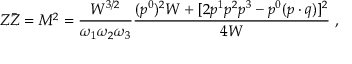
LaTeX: Z \bar { Z } = M ^ { 2 } = \frac { W ^ { 3 / 2 } } { \omega _ { 1 } \omega _ { 2 } \omega _ { 3 } } \frac { ( p ^ { 0 } ) ^ { 2 } W + [ 2 p ^ { 1 } p ^ { 2 } p ^ { 3 } - p ^ { 0 } ( p \cdot q ) ] ^ { 2 } } { 4 W } \ ,